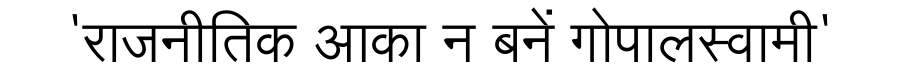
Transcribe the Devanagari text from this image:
'राजनीतिक आका न बनें गोपालस्वामी'